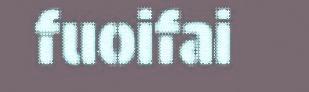
fuoifai